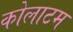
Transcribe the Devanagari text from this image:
कोलाटम